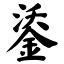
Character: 鋈